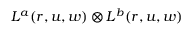
L ^ { a } ( r , u , w ) \otimes L ^ { b } ( r , u , w )